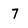
Character: 7